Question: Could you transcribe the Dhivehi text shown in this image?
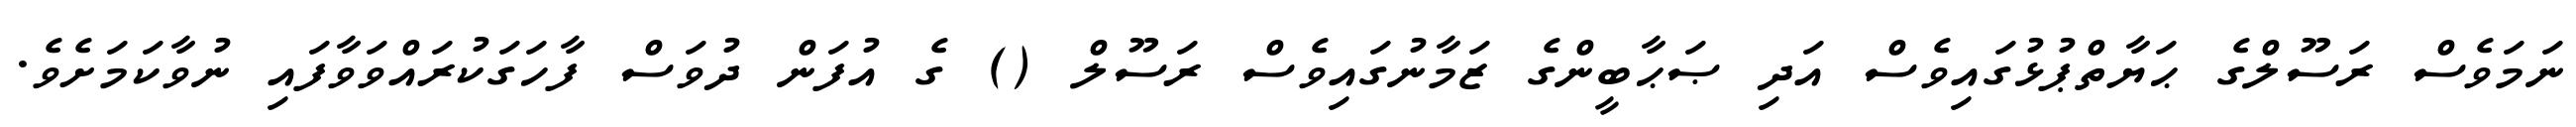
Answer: ނަމަވެސް ރަސޫލްގެ ޙަޔާތްޕުޅުގައިވެސް އަދި ޞަޙާބީންގެ ޒަމާނުގައިވެސް ރަސޫލް () ގެ އުފަން ދުވަސް ފާހަގަކުރައްވަވާފައި ނުވާކަމަށެވެ.